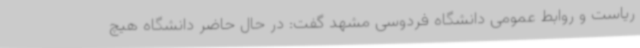
ریاست و روابط عمومی دانشگاه فردوسی مشهد گفت: در حال حاضر دانشگاه هیچ